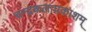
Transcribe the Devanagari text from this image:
चन्द्रकलाप्रकाशम्